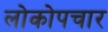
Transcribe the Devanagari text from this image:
लोकोपचार